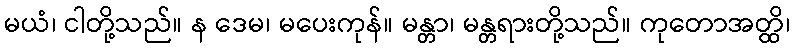
မယံ၊ ငါတို့သည်။ န ဒေမ၊ မပေးကုန်။ မန္တာ၊ မန္တရားတို့သည်။ ကုတောအတ္ထိ၊